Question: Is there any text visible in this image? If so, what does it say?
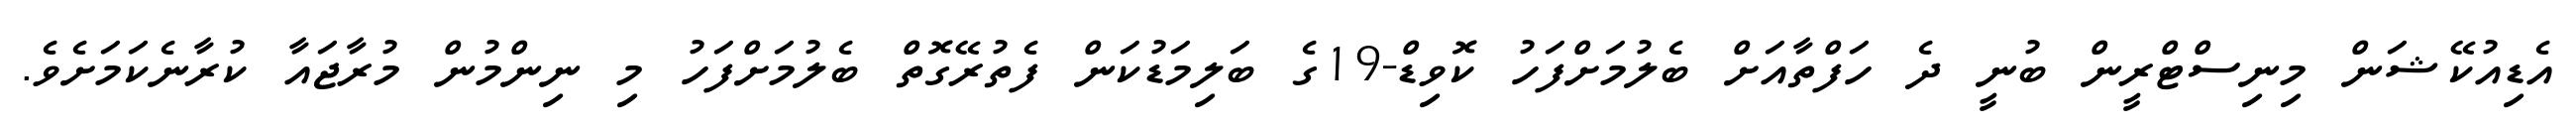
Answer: އެޑިއުކޭޝަން މިނިސްޓްރީން ބުނީ ދެ ހަފްތާއަށް ބެލުމަށްފަހު ކޮވިޑް-19ގެ ބަލިމަޑުކަން ފެތުރޭގޮތް ބެލުމަށްފަހު މި ނިންމުން މުރާޖައާ ކުރާނެކަމަށެވެ.